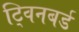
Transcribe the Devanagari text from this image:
ट्विनबर्ड